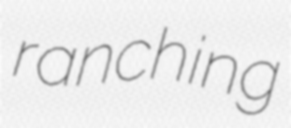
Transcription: ranching